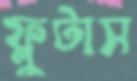
ফ্লুটাস